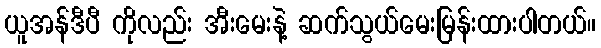
ယူအန်ဒီပီ ကိုလည်း အီးမေးနဲ့ ဆက်သွယ်မေးမြန်းထားပါတယ်။